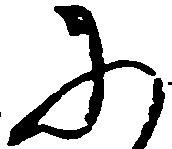
に